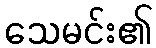
သေမင်း၏